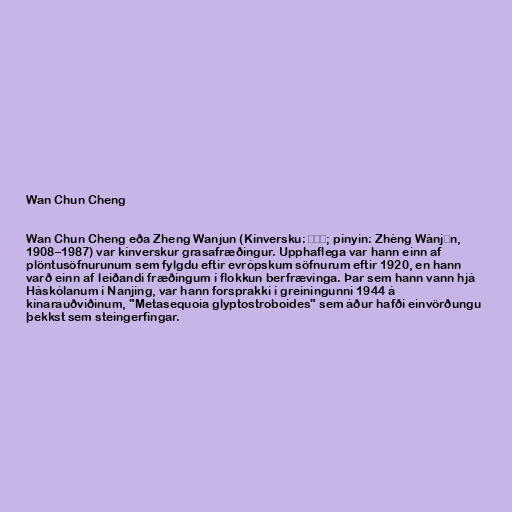
Wan Chun Cheng

Wan Chun Cheng eða Zheng Wanjun (Kínversku: 郑万钧; pinyin: Zhèng Wànjūn,
1908–1987) var kínverskur grasafræðingur. Upphaflega var hann einn af
plöntusöfnurunum sem fylgdu eftir evrópskum söfnurum eftir 1920, en hann
varð einn af leiðandi fræðingum í flokkun berfrævinga. Þar sem hann vann hjá
Háskólanum í Nanjing, var hann forsprakki í greiningunni 1944 á
kínarauðviðinum, "Metasequoia glyptostroboides" sem áður hafði einvörðungu
þekkst sem steingerfingar.